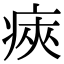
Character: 㾜